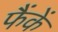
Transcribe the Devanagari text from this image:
फैंकें